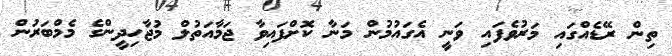
ތިން ރޭޑެއްގައި މަރުވެފައި ވަނީ އެގައުމުން މަނާ ކޮށްފައިވާ ޖަމާއަތުލް މުޖާހިދީންގެ މެމްބަރުން